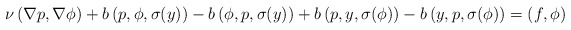
\begin{align*}\nu\left(\nabla p,\nabla \phi\right)+b\left( p,\phi, \sigma(y) \right)-b\left( \phi,p, \sigma(y) \right)+b\left(p, y, \sigma(\phi) \right)-b\left( y,p, \sigma(\phi) \right)=\left(f, \phi\right)\end{align*}